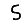
Digit: 5